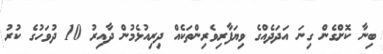
ބިނާ ކޮށްގެން ގިނަ އަދަދެއްގެ ވިޔަފާރިވެރިންތަކެއް ދިރިއުޅެމުން ދާއިރު 10 ދުވަހުގެ ކުރު